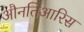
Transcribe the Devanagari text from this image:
औनतिआरिस